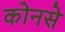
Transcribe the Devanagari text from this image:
कोनसे